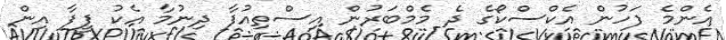
އެންމެ ފަހުން އެކްސްކޯގެ ދެ މެމްބަރުން އިސްތިއުފާ ދިނުމާ އެކު ފީފާ އިން